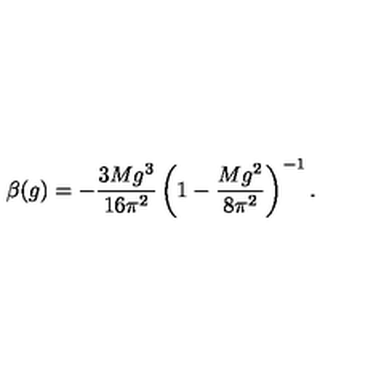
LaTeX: \beta ( g ) = - \frac { 3 M g ^ { 3 } } { 1 6 \pi ^ { 2 } } \left( 1 - \frac { M g ^ { 2 } } { 8 \pi ^ { 2 } } \right) ^ { - 1 } .